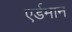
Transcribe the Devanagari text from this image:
एर्डमान